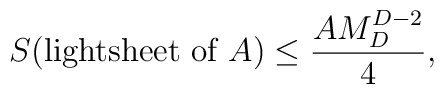
S (\mbox{lightsheet of }A) \leq \frac{A M_D^{D-2}}{4},